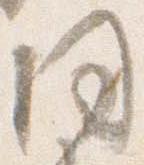
同